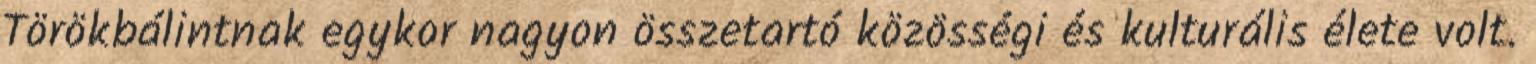
Törökbálintnak egykor nagyon összetartó közösségi és kulturális élete volt.